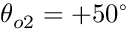
\theta _ { o 2 } = + 5 0 ^ { \circ }